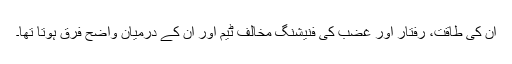
ان کی طاقت، رفتار اور غضب کی فنیشنگ مخالف ٹیم اور ان کے درمیان واضح فرق ہوتا تھا۔